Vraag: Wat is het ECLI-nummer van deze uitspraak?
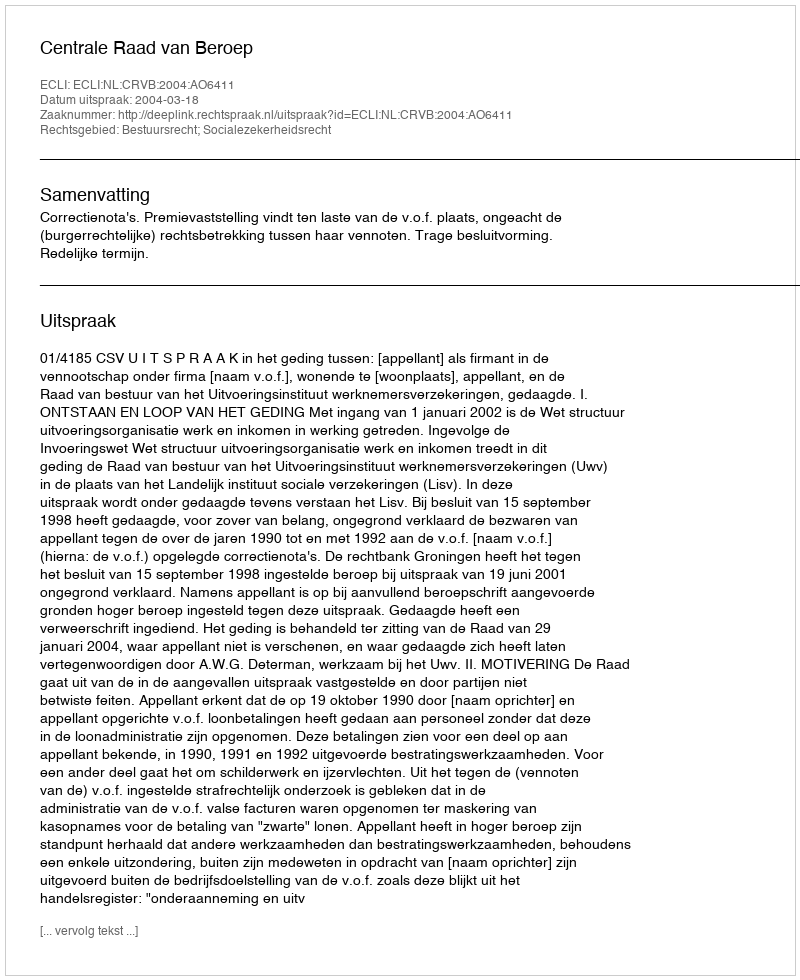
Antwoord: ECLI:NL:CRVB:2004:AO6411